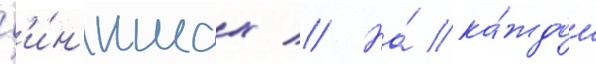
ф'и́н'ишах // На́ ка́ждом